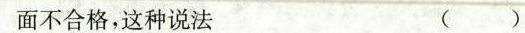
面不合格，这种说法 ()